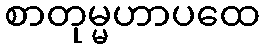
စာတုမ္မဟာပထေ